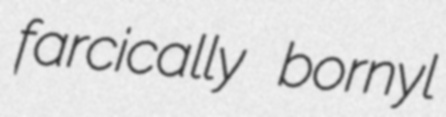
farcically bornyl